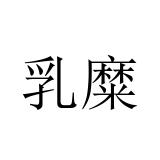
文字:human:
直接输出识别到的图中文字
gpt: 乳糜